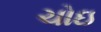
ચોઇ